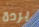
بردة